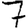
Digit: 7